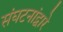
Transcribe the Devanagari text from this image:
संघटनांद्वारे